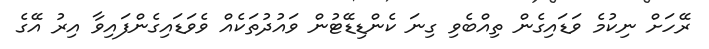
ރޭހަށް ނިކުމެ ވަޑައިގެން ތިއްބެވި ގިނަ ކެންޑިޑޭޓުން ވައުދުތަކެއް ވެވަޑައިގެންފައިވާ އިރު އޭގެ